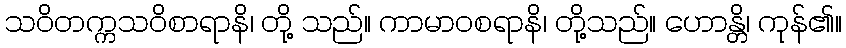
သဝိတက္ကသဝိစာရာနိ၊ တို့ သည်။ ကာမာဝစရာနိ၊ တို့သည်။ ဟောန္တိ၊ ကုန်၏။